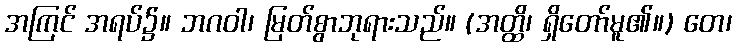
အကြင် အရပ်၌။ ဘဂဝါ၊ မြတ်စွာဘုရားသည်။ (အတ္ထိ၊ ရှိတော်မူ၏။) တေ၊